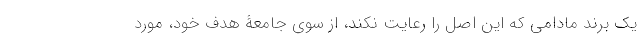
یک برند مادامی که این اصل را رعایت نکند، از سوی جامعۀ هدفِ خود، مورد